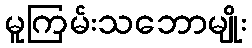
မူကြမ်းသဘောမျိုး